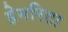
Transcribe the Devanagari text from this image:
हेनरिटा